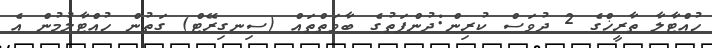
ހުއްޓާލާ ތާރީޚްގެ 2 ދުވަސް ކުރިން:ދުންފަތުގެ ބާވަތްތައް (ސިނގިރޭޓް) ގަތުން ހުއްޓާލުމުން އެ